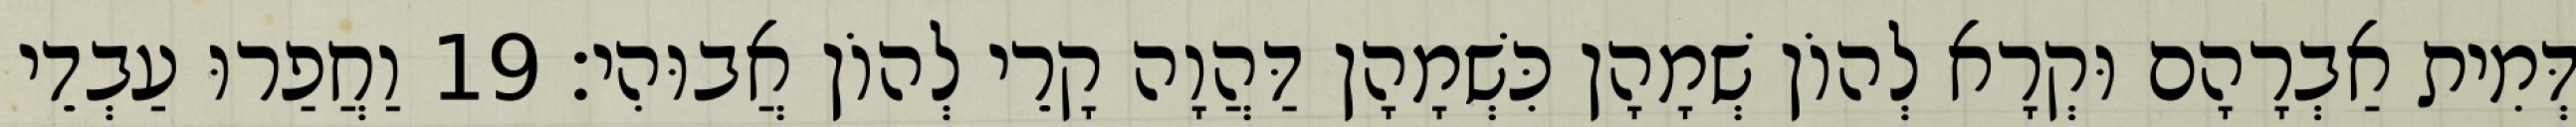
דְּמִית אַבְרָהָם וּקְרָא לְהוֹן שְׁמָהָן כִּשְׁמָהָן דַּהֲוָה קָרֵי לְהוֹן אֲבוּהִי׃ 19 וַחֲפַרוּ עַבְדֵי